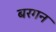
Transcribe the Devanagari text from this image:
बरगन